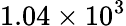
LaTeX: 1.04\times 10^{3}